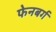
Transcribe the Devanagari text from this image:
फेनबर्ग